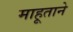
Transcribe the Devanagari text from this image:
माहूताने